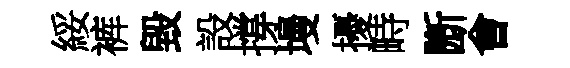
綏裤毀設撐墁擾畤㫁㑹